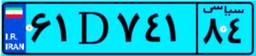
۲۸D۲۵۱۹۲